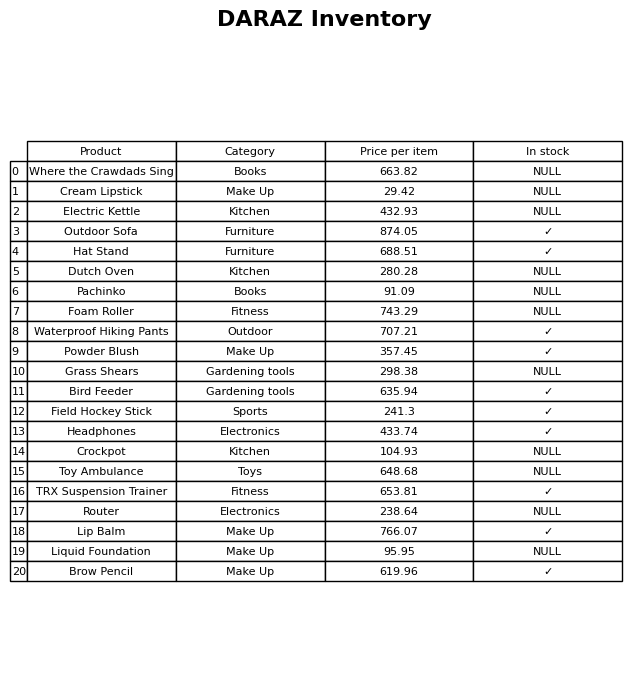
question: What is the price of the Foam Roller?
answer: The price of Foam Roller is 743.29.